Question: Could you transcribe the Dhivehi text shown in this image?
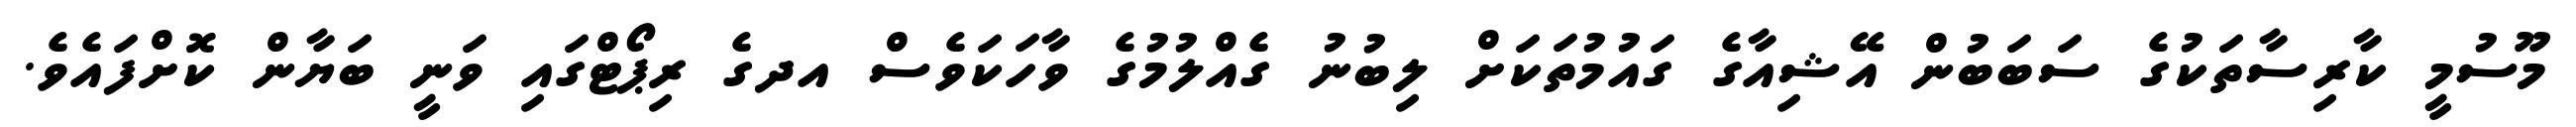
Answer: މޫސުމީ ކާރިސާތަކުގެ ސަބަބުން އޭޝިއާގެ ގައުމުތަކަށް ލިބުނު ގެއްލުމުގެ ވާހަކަވެސް އދގެ ރިޕޯޓްގައި ވަނީ ބަޔާން ކޮށްފައެވެ.